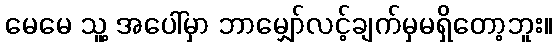
မေမေ သူ့ အပေါ်မှာ ဘာမျှော်လင့်ချက်မှမရှိတော့ဘူး။